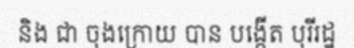
និង ជា ចុងក្រោយ បាន បង្កើត បុរីរដ្ឋ